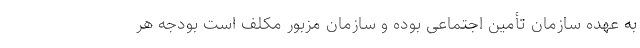
به عهده سازمان تأمین اجتماعی بوده و سازمان مزبور مکلف است بودجه هر